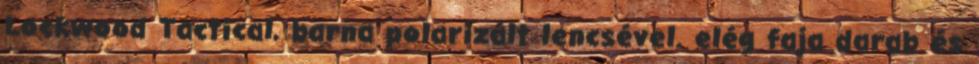
Lockwood Tactical, barna polarizált lencsével. elég faja darab és